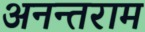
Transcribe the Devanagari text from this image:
अनन्तराम